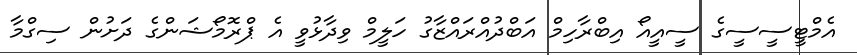
އެމްޓީސީސީގެ ސީއީއޯ އިބްރާހިމް އަބްދުއްރައްޒާގު ހަލީމް ވިދާޅުވީ އެ ޕްރޮމޯޝަންގެ ދަށުން ސިގްމާ